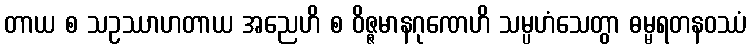
တာယ စ သဥဿာဟတာယ အညေဟိ စ ဝိဇ္ဇမာနဂုဏေဟိ သမ္ပဟံသေတွာ ဓမ္မရတနဝဿံ